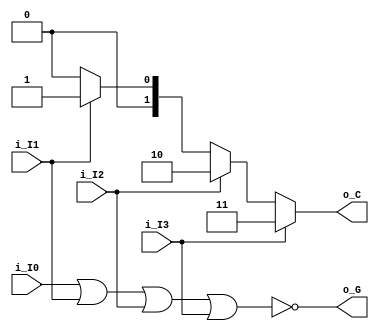
module cod_w_prio (
    input i_I0,
    input i_I1,
    input i_I2,
    input i_I3,
    output reg [2-1:0] o_C,
    output reg o_G
);

assign o_C = (i_I3 == 1) ? 2'b11 : ((i_I2 == 1) ? 2'b10 : ((i_I1 == 1) ? 2'b01 : 2'b00));
assign o_G = ~(i_I0 | i_I1 | i_I2 | i_I3);


endmodule